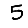
Digit: 5